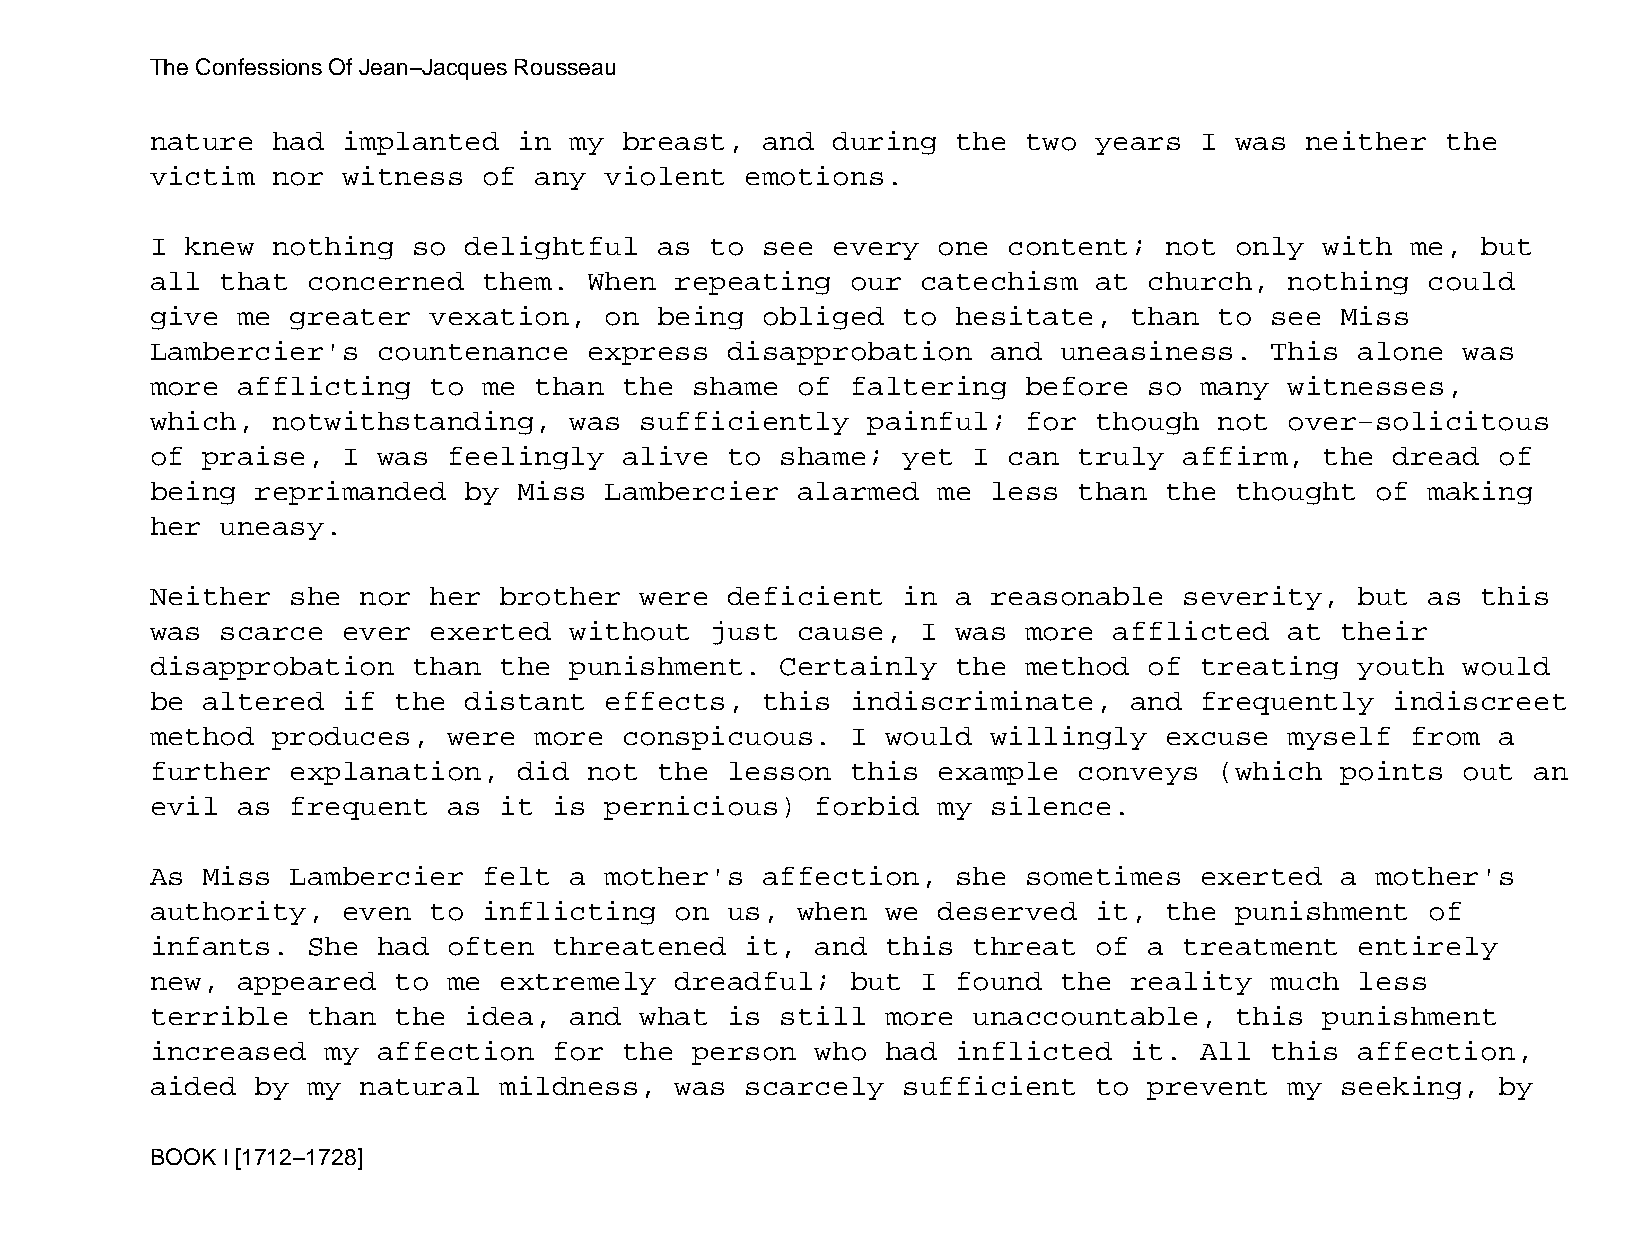
The Confessions Of Jean−Jacques Rousseau
 nature  had  implanted  in  my breast,  and  during  the  two years  I  was neither   the
 victim  nor  witness  of any  violent  emotions.
 I knew  nothing  so  delightful   as to see  every  one  content;  not  only  with me,  but
 all  that concerned   them.  When  repeating  our  catechism  at  church,  nothing   could
 give  me greater  vexation,   on  being obliged   to hesitate,   than  to see  Miss
 Lambercier's   countenance   express  disapprobation    and uneasiness.   This  alone  was
 more  afflicting  to  me than  the  shame  of faltering   before  so many  witnesses,
 which,  notwithstanding,    was sufficiently   painful;   for though   not over−solicitous
 of praise,   I was  feelingly  alive  to  shame;  yet I  can truly  affirm,   the dread  of
 being  reprimanded   by Miss  Lambercier   alarmed  me  less than  the  thought  of  making
 her  uneasy.
 Neither  she  nor her  brother  were  deficient   in a  reasonable  severity,   but  as this
 was  scarce  ever exerted   without  just  cause,  I was  more  afflicted  at  their
 disapprobation   than  the  punishment.   Certainly  the  method  of treating   youth  would
 be altered   if the  distant  effects,  this  indiscriminate,    and frequently   indiscreet
 method  produces,   were more  conspicuous.   I  would  willingly  excuse  myself  from  a
 further  explanation,   did  not  the lesson  this  example  conveys   (which  points  out an
 evil  as frequent   as it  is pernicious)   forbid  my  silence.
 As Miss  Lambercier   felt  a mother's  affection,   she  sometimes  exerted   a mother's
 authority,   even to  inflicting   on us,  when  we deserved  it,  the  punishment   of
 infants.  She  had  often  threatened  it,  and  this threat  of  a treatment   entirely
 new,  appeared  to  me extremely   dreadful;  but  I found  the  reality  much  less
 terrible  than  the  idea,  and what  is  still  more unaccountable,    this  punishment
 increased   my affection   for the  person  who  had inflicted   it. All  this  affection,
 aided  by my  natural  mildness,   was scarcely   sufficient  to  prevent  my  seeking,  by
 BOOK I [1712−1728]